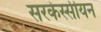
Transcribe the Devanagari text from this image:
सरकेस्सीयन